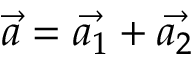
\vec { a } = \vec { a _ { 1 } } + \vec { a _ { 2 } }